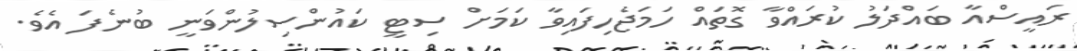
ރައީސްއާ ބައްދަލު ކުރައްވާ ގޮތައް ހަމަޖެހިފައިވާ ކަމަށް ސިޓީ ކައުންސިލުންވަނީ ބުނެފަ އެވެ.